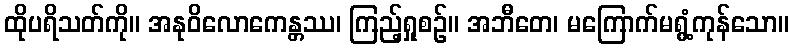
ထိုပရိသတ်ကို။ အနုဝိလောကေန္တဿ၊ ကြည့်ရှုစဉ်။ အဘီတေ၊ မကြောက်မရွံ့ကုန်သော။